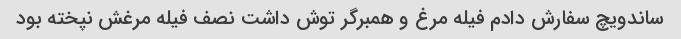
ساندویچ سفارش دادم فیله مرغ و همبرگر توش داشت نصف فیله مرغش نپخته بود